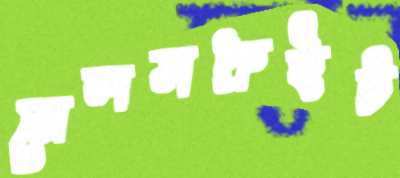
নেলসপ্রুইট